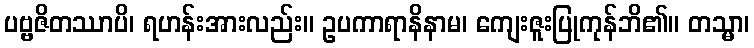
ပဗ္ဗဇိတဿာပိ၊ ရဟန်းအားလည်း။ ဥပကာရာနိနာမ၊ ကျေးဇူးပြုကုန်ဘိ၏။ တသ္မာ၊